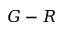
G - R